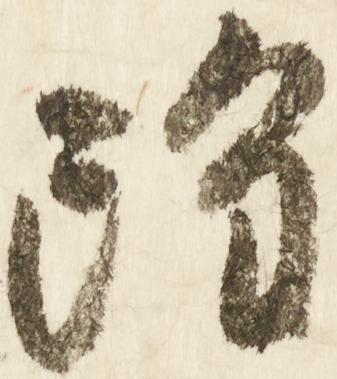
雖